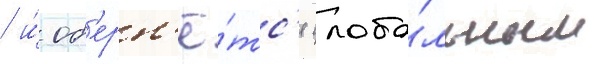
/ и́ об'ерн'ё́тс'я глоба́льным